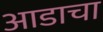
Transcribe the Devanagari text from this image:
आडाचा